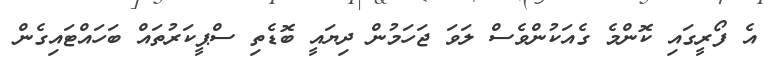
އެ ފޯރީގައި ކޮންމެ ގެއަކުންވެސް ލަވަ ޖަހަމުން ދިޔައީ ބޮޑެތި ސްޕީކަރުތައް ބަހައްޓައިގެން